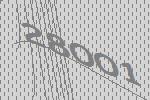
28001